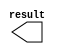
module y2_0 (
	result);

	output	[9:0]  result;

endmodule